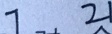
7 2 1